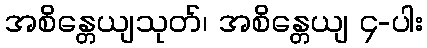
အစိန္တေယျသုတ်၊ အစိန္တေယျ ၄-ပါး